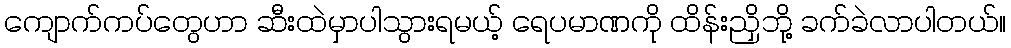
ကျောက်ကပ်တွေဟာ ဆီးထဲမှာပါသွားရမယ့် ရေပမာဏကို ထိန်းညှိဘို့ ခက်ခဲလာပါတယ်။